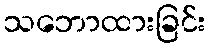
သဘောထားခြင်း